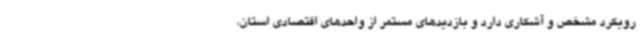
رویکرد مشخص و آشکاری دارد و بازدیدهای مستمر از واحدهای اقتصادی استان،